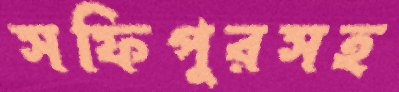
সফিপুরসহ